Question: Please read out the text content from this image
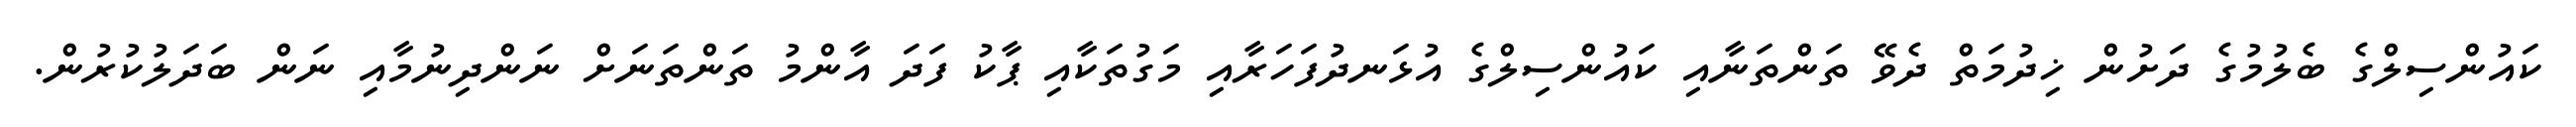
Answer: ކައުންސިލްގެ ބެލުމުގެ ދަށުން ޚިދުމަތް ދެވޭ ތަންތަނާއި ކައުންސިލްގެ އުޅަނދުފަހަރާއި މަގުތަކާއި ޕާކު ފަދަ އާންމު ތަންތަނަށް ނަންދިނުމާއި ނަން ބަދަލުކުރުން.